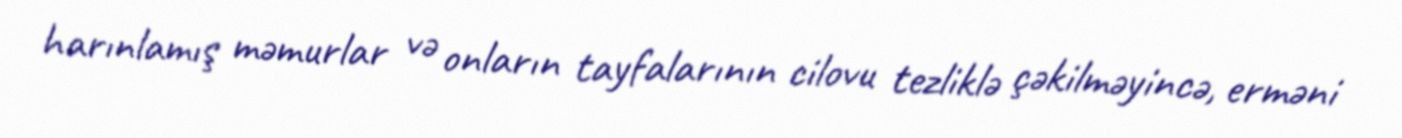
harınlamış məmurlar və onların tayfalarının cilovu tezliklə çəkilməyincə, erməni